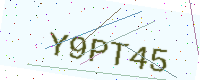
Text: Y9PT45